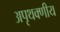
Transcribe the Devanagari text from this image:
अपृथक्णीय